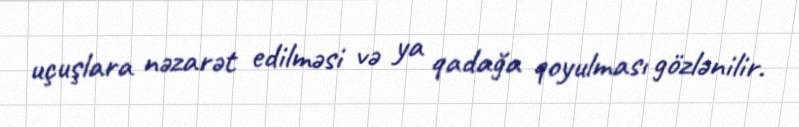
uçuşlara nəzarət edilməsi və ya qadağa qoyulması gözlənilir.